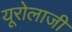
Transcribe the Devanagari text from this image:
यूरोलाजी